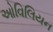
ઓવિલિયન